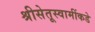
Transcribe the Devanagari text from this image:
श्रीसेतूस्वामींकडे